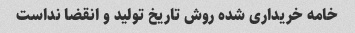
خامه خریداری شده روش تاریخ تولید و انقضا نداست